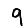
Digit: 9